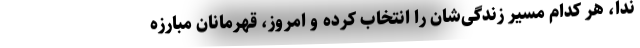
ندا، هر کدام مسیر زندگی‌شان را انتخاب کرده و امروز، قهرمانان مبارزه